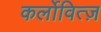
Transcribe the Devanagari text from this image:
कर्लोवित्ज़